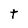
Character: t